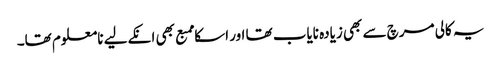
یہ کالی مرچ سے بھی زیادہ نایاب تھا اور اسکا ممبع بھی انکےلیے نامعلوم تھا۔